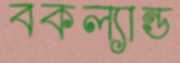
বকল্যান্ড